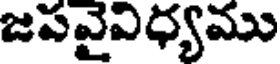
జపవైవిధ్యము